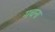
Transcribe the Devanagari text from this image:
गचना